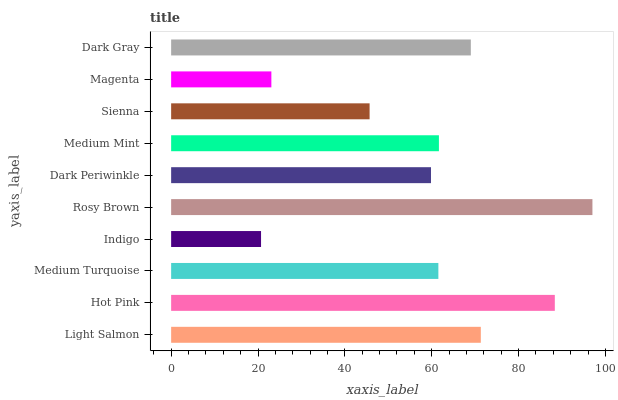
| yaxis_label | bars |
 | --- | --- |
 | Light Salmon | 71.3 |
 | Hot Pink | 88.3 |
 | Medium Turquoise | 61.5 |
 | Indigo | 20.7 |
 | Rosy Brown | 97 |
 | Dark Periwinkle | 59.8 |
 | Medium Mint | 61.7 |
 | Sienna | 45.7 |
 | Magenta | 23.1 |
 | Dark Gray | 69 |